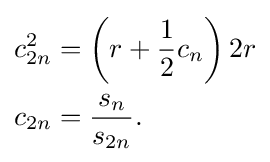
{\begin{aligned}c_{2n}^{2}&{}=\left(r+{\frac {1}{2}}c_{n}\right)2r\\c_{2n}&{}={\frac {s_{n}}{s_{2n}}}.\end{aligned}}